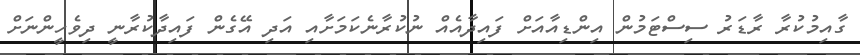
ގާއިމުކުރާ ރާޑަރު ސިސްޓަމުން އިންޑިއާއަށް ފައިދާއެއް ނުކުރާނެކަމަށާއި އަދި އޭގެން ފައިދާކުރާނީ ދިވެހީންނަށް